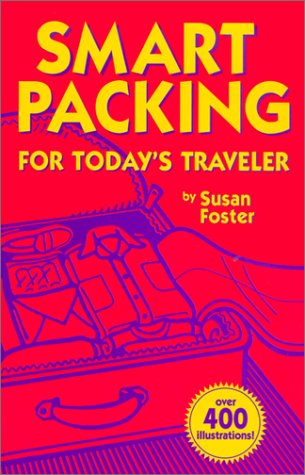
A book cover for Smart Packing for Today's Traveler; Susan Foster; Travel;